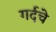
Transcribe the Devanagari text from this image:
गर्दचे